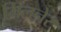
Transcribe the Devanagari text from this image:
मिलनेर